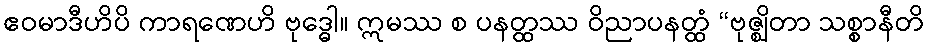
ဧဝမာဒီဟိပိ ကာရဏေဟိ ဗုဒ္ဓေါ။ ဣမဿ စ ပနတ္ထဿ ဝိညာပနတ္ထံ “ဗုဇ္ဈိတာ သစ္စာနီတိ